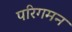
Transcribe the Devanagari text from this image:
परिगमन